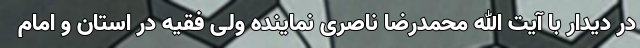
در دیدار با آیت الله محمدرضا ناصری نماینده ولی فقیه در استان و امام